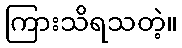
ကြားသိရသတဲ့။